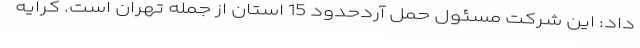
داد: این شرکت مسئول حمل آردحدود 15 استان از جمله تهران است. کرایه